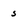
Character: s